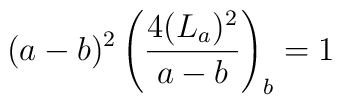
(a-b)^2 \left( \frac{4(L_a)^2}{a-b} \right)_{b} =1